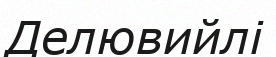
Делювийлі